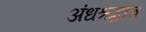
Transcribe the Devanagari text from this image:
अंधश्रद्धाच